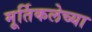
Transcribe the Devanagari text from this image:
मूर्तिकलेच्या